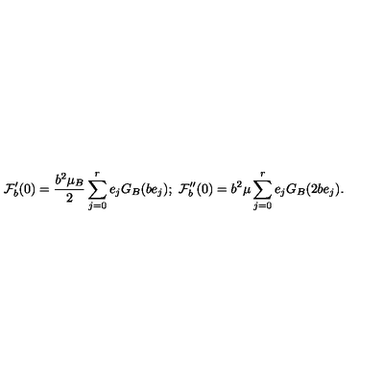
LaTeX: \mathcal { F } _ { b } ^ { \prime } ( 0 ) = \frac { b ^ { 2 } \mu _ { B } } { 2 } \sum _ { j = 0 } ^ { r } e _ { j } G _ { B } ( b e _ { j } ) ; \ \mathcal { F } _ { b } ^ { \prime \prime } ( 0 ) = b ^ { 2 } \mu \sum _ { j = 0 } ^ { r } e _ { j } G _ { B } ( 2 b e _ { j } ) .